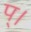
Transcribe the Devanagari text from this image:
प्।